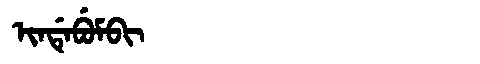
Manchu: ᡳᠨᡩᡝᠪᡠᠮᠪᡳ
Romanization: INDEBUMBI